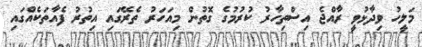
މަލީހު ވިދާޅުވީ ރާއްޖެ އިސްތިހާރު ކުރުމުގެ ގޮތުން މިއަހަރު ތެރޭގައި އިތުރު ފެއާތަކެއްގައި